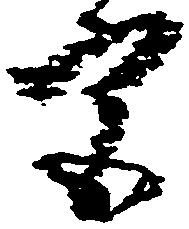
宮